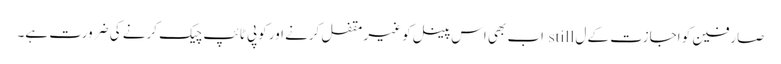
صارفین کو اجازت کے ل still اب بھی اس پینل کو غیر مقفل کرنے اور کوپی ٹائپ چیک کرنے کی ضرورت ہے۔